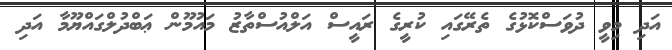
އަދި މިވީ ދުވަސްކޮޅުގެ ތެރޭގައި ކުރީގެ ރައީސް އަލްއުސްތާޒު މައުމޫން ޢަބްދުލްގައްޔޫމާ އަދި